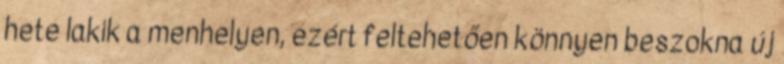
hete lakik a menhelyen, ezért feltehetően könnyen beszokna új